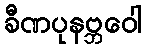
ခီဏပုနဗ္ဘဝေါ